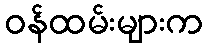
ဝန်ထမ်းများက